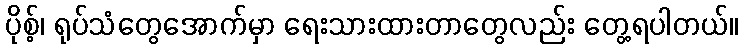
ပိုစ့်၊ ရုပ်သံတွေအောက်မှာ ရေးသားထားတာတွေလည်း တွေ့ရပါတယ်။